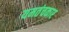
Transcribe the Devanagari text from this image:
यमतंचकार